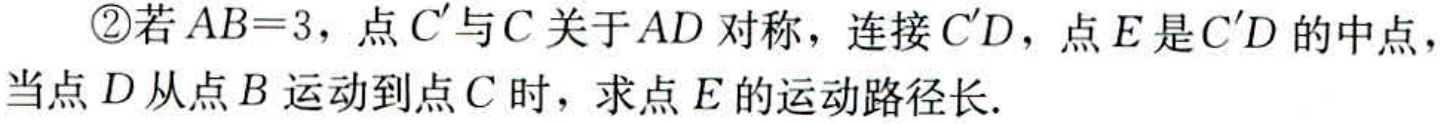
\textcircled{2}若\(AB = 3\)，点\(C'\)与\(C\)关于\(AD\)对称，连接\(C'D\)，点\(E\)是\(C'D\)的中点，当点\(D\)从点\(B\)运动到点\(C\)时，求点\(E\)的运动路径长.